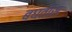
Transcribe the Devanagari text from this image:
बघतोस